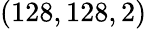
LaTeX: (128,128,2)